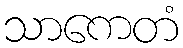
သာကေတံ